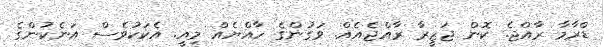
ޑްރާމާ ރާއްޖެ. ކޮން ޖަޒީރާ ރާއްޖެއެއް. ވަގުންގެ ހާއްޔެއް މިއީ. އެކަކުވެސް އަނެކުންގެ